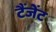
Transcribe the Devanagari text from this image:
टैंजेंट